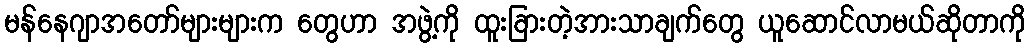
မန်နေဂျာအတော်များများက တွေဟာ အဖွဲ့ကို ထူးခြားတဲ့အားသာချက်တွေ ယူဆောင်လာမယ်ဆိုတာကို